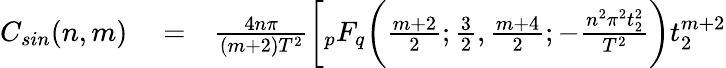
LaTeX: \begin{array}{rlr}{C_{sin}(n,m)}&{{}=}&{\frac{4n\pi}{(m+2)T^{2}}\bigg[{}_{p}F_{q}\bigg(\frac{m+2}{2};\frac{3}{2},\frac{m+4}{2};-\frac{n^{2}\pi^{2}t_{2}^{2}}{T^{2}}\bigg)t_{2}^{m+2}}\end{array}